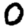
Digit: 0